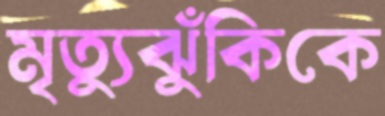
মৃত্যুঝুঁকিকে